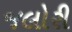
જલોરી